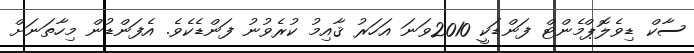
ސާކް ޑިވެލޮޕްމެންޓް ފަންޑަކީ 2010ވަނަ އަހަރު ޤާއިމު ކުރެވުނު ފަންޑެކެވެ. އެފަންޑުން މިހާތަނަށް